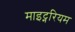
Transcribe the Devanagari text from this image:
माइट्नरियम